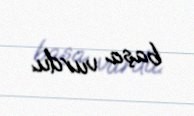
başa vurdu.